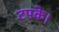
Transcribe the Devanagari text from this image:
टपके।